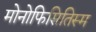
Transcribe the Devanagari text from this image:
मोनोफिसितिस्म